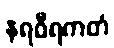
နရဝီရကတံ